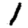
Digit: 1